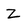
Character: Z